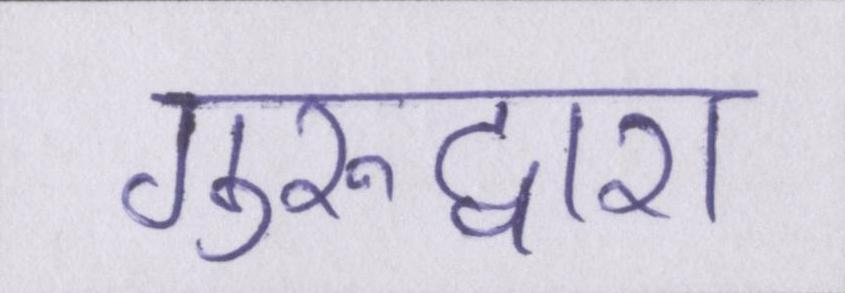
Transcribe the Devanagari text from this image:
गुरुद्वारा